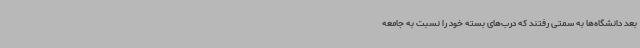
بعد دانشگاه‌ها به سمتی رفتند که درب‌های بسته خود را نسبت به جامعه